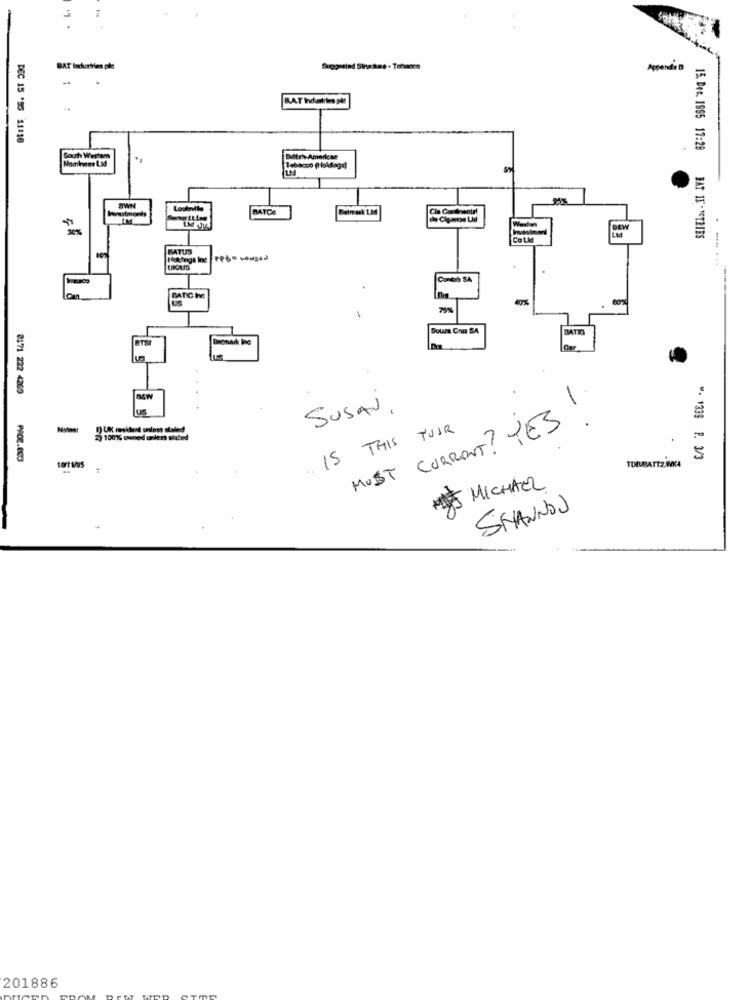
BAT Industries pie
Suggested Sinetme- Tobancs
Appendix D
-
RAT Industries ple
DEC 15 '55 11:10
15. Dec. 1995 17:28
South Were
Maminem LLad
Detrh American
wastmore
SWN
BATCA
Beimask: 1.34
Weston
DAW
Could
BAT IK . FCTRIES
RATUS
Hokings Ine |FP6º soused
Contis SA
CATIG he
Soure Cou SA
BATIO
monark Ine
2171 222 4269
SUSAN.
MOST CURRENT? YES
19 UK resident onion stated
15 THIS TUUR
2) 100% owned unless sicted
"- 1339 P. 3/3
TDEVBATT2 WKA
JJ MICHAEL
SHANNON
201886